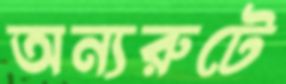
অন্যরুটে